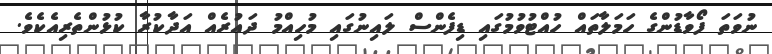
ނުވަތަ ފޯވާޑުންގެ ހަމަލާތައް ހުއްޓުވުމުގައި ޑިފެންސް ލައިނުގައި މުހިއްމު ދައުރެއް އަދާކުރާ ކުޅުންތެރިއެކެވެ.